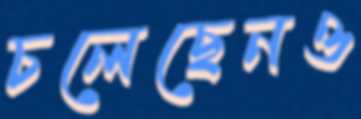
চলেছেনও